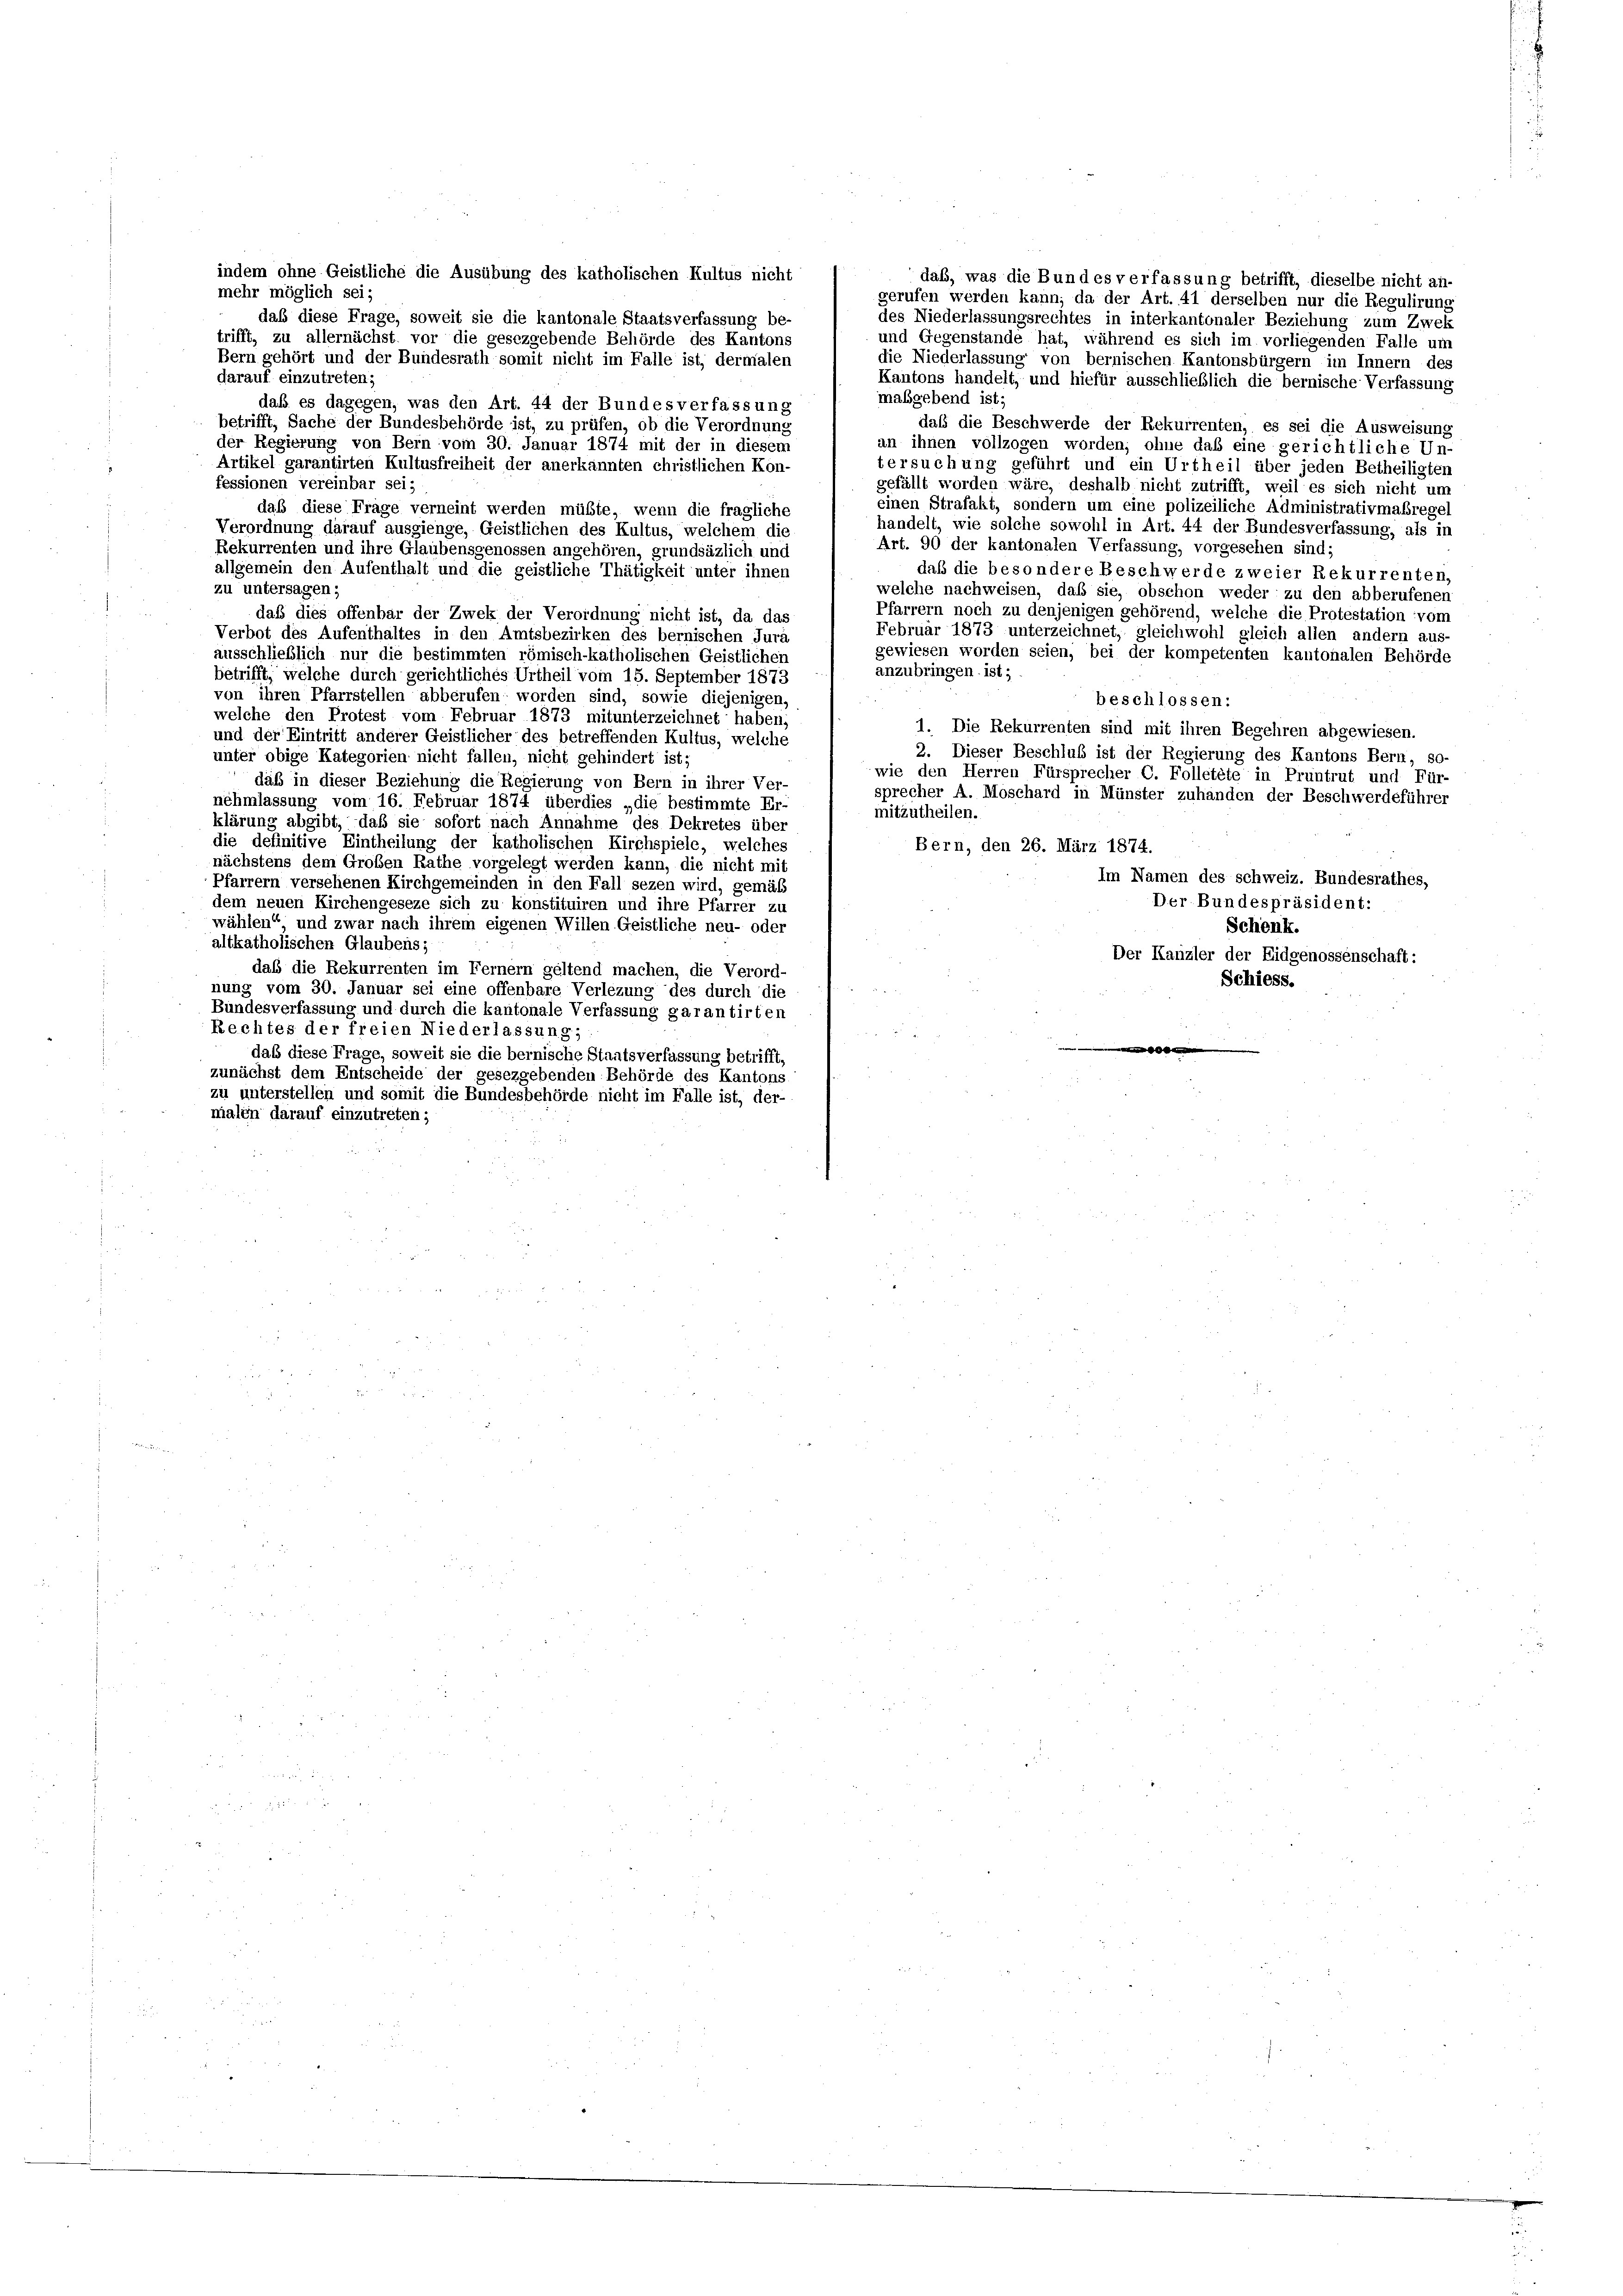
dab, was die Bundes verfassung betrifft, dieselbe nicht an-
gerufen werden kann; da der Art. 41 derselben nur die Regulirung
des Niederlassungsrechtes in interkantonaler Beziehung zum Zwek
und Gegenstände hat, während es sich im vorliegenden Falle um
die Niederlassung von bernischen Kantonsbürgern im Innern des
Kantons handelt, und hiefür ausschließlich die bernische Verfassung
maßgebend ist;
daß die Beschwerde der Rekurrenten, es sei die Ausweisung
der Regierung von Bern vom 30. Januar 1874 mit der in diesem
an ihnen vollzogen worden; ohne daß eine gerichtliche Un-
Artikel garantirten Kultusfreiheit der anerkannten christlichen Kon-
tersuchung geführt und ein Urtheil über jeden Betheiligten
fessionen vereinbar sei;
gefällt worden wäre, deshalb nicht zutrifft, weil es sich nicht un
einen Strafakt, sondern um eine polizeiliche Administrativmaßregel
daß diese Frage verneint werden müßte, wenn die fragliche
handelt, wie solche sowohl in Art. 44 der Bundesverfassung, als in
Verordnung darauf ausgienge, Geistlichen des Kultus, welchem die
Art. 90 der kantonalen Verfassung, vorgesehen sind.
Rekurrenten und ihre Glaubensgenossen angehören, grundsäzlich und
allgemein den Aufenthalt und die geistliche Thätigkeit unter ihnen
daß die besondere Beschwerde zweier Rekurrenten,
zu untersagen;
welche nachweisen, daß sie, obschon weder zu den abberufenen
Pfarrern noch zu denjenigen gehörend, welche die Protestation vom
daß dies offenbar der Zwek der Verordnung nicht ist, da das
Februar 1873 unterzeichnet, gleichwohl gleich allen andern aus
Verbot des Aufenthaltes in den Amtsbezirken des bernischen Jura
gewiesen worden seien, bei der kompetenten kantonalen Behörde
ausschließlich nur die bestimmten römisch-katholischen Geistlichen
anzubringen ist;
betrifft, welche durch gerichtliches Urtheil vom 15. September 1873
von ihren Pfarrstellen abberufen worden sind, sowie diejenigen,
beschlossen:
welche den Protest vom Februar 1873 mitunterzeichnet haben;
1. Die Rekurrenten sind mit ihren Begehren abgewiesen.
und der Eintritt anderer Geistlicher des betreffenden Kultus, welche
2. Dieser Beschluß ist der Regierung des Kantons Bern, so-
unter obige Kategorien nicht fallen, nicht gehindert ist;
wie den Herren Fürsprecher C. Folletete in Pruntrut und Für-
daß in dieser Beziehung die Regierung von Bern in ihrer Ver-
sprecher A. Moschard in Münster zuhänden der Beschwerdeführer
nehmlassung vom 16. Februar 1874 überdies „die bestimmte Er-
mitzutheilen.
klärung abgibt, daß sie sofort nach Annahme des Dekretes über
die definitive Eintheilung der katholischen Kirchspiele, welches
Bern, den 26. März 1874.
nächstens dem Großen Rathe vorgelegt werden kann, die nicht mit
Im Namen des schweiz. Bundesrathes,
Pfarrern versehenen Kirchgemeinden in den Fall sezen wird, gemäß
Der Bundespräsident:
dem neuen Kirchengeseze sich zu konstituiren und ihre Pfarrer zu
wählen“ und zwar nach ihrem eigenen Willen Geistliche neu- oder
Schenk.
altkatholischen Glaubens;
Der Kanzler der Eidgenossenschaft:
daß die Rekurrenten im Fernern geltend machen, die Verord-
Schiess.
nung vom 30. Januar sei eine offenbare Verlezung des durch die
Bundesverfassung und durch die kantonale Verfassung garantirten
Rechtes der freien Niederlassung;

daß diese Frage, soweit sie die bernische Staatsverfassung betrifft,
zunächst dem Entscheide der gesezgebenden Behörde des Kantons
zu unterstellen und somit die Bundesbehörde nicht im Falle ist, der-
malen darauf einzutreten;

indem ohne Geistliche die Ausübung des katholischen Kultus nicht
mehr möglich sei;
daß diese Frage, soweit sie die kantonale Staatsverfassung be-
trifft, zu allernächst vor die gesezgebende Behörde des Kantons
Bern gehört und der Bundesrath somit nicht im Falle ist, dermalen
darauf einzutreten;
daß es dagegen, was den Art. 44 der Bundesverfassung
betrifft, Sache der Bundesbehörde ist, zu prüfen, ob die Verordnung